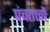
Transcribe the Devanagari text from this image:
पंचतत्त्वों